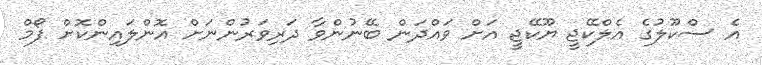
އެ ސްކޫލުގެ އެލްކޭޖީ ޔޫކޭޖީ އަށް ވައްދަން ބޭނުންވާ ދަރިވަރުންނަށް އޮންލައިންކޮށް ފޯމް